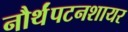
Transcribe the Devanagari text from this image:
नौर्थंपटनशायर